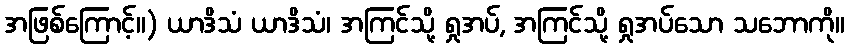
အဖြစ်ကြောင့်။) ယာဒိသံ ယာဒိသံ၊ အကြင်သို့ ရှုအပ်, အကြင်သို့ ရှုအပ်သော သဘောကို။